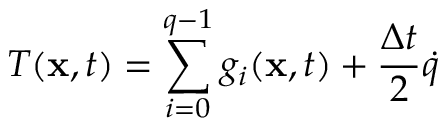
T ( \mathbf { x } , t ) = \sum _ { i = 0 } ^ { q - 1 } g _ { i } ( \mathbf { x } , t ) + \frac { \Delta t } { 2 } \dot { q }